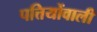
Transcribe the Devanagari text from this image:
पत्तियोंवाली